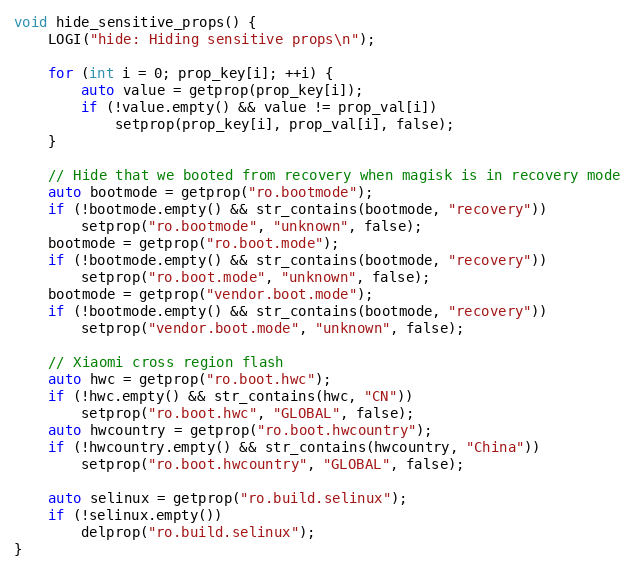
Language: C++
void hide_sensitive_props() {
    LOGI("hide: Hiding sensitive props\n");

    for (int i = 0; prop_key[i]; ++i) {
        auto value = getprop(prop_key[i]);
        if (!value.empty() && value != prop_val[i])
            setprop(prop_key[i], prop_val[i], false);
    }

    // Hide that we booted from recovery when magisk is in recovery mode
    auto bootmode = getprop("ro.bootmode");
    if (!bootmode.empty() && str_contains(bootmode, "recovery"))
        setprop("ro.bootmode", "unknown", false);
    bootmode = getprop("ro.boot.mode");
    if (!bootmode.empty() && str_contains(bootmode, "recovery"))
        setprop("ro.boot.mode", "unknown", false);
    bootmode = getprop("vendor.boot.mode");
    if (!bootmode.empty() && str_contains(bootmode, "recovery"))
        setprop("vendor.boot.mode", "unknown", false);

    // Xiaomi cross region flash
    auto hwc = getprop("ro.boot.hwc");
    if (!hwc.empty() && str_contains(hwc, "CN"))
        setprop("ro.boot.hwc", "GLOBAL", false);
    auto hwcountry = getprop("ro.boot.hwcountry");
    if (!hwcountry.empty() && str_contains(hwcountry, "China"))
        setprop("ro.boot.hwcountry", "GLOBAL", false);

    auto selinux = getprop("ro.build.selinux");
    if (!selinux.empty())
        delprop("ro.build.selinux");
}